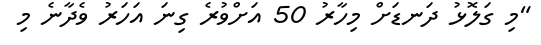
"މި ގަލޮޅު ދަނޑަށް މިހާރު 50 އަށްވުރެ ގިނަ އަހަރު ވެދާނެ މި